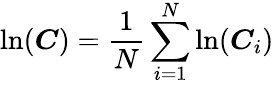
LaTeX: \ln(\boldsymbol{C})=\frac{1}{N}\sum_{i=1}^{N}\ln(\boldsymbol{C}_{i})